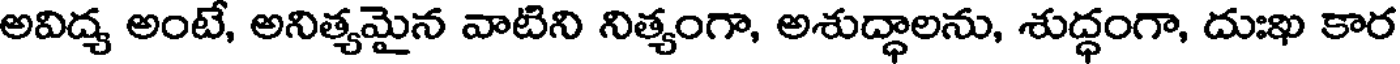
అవిద్య అంటే, అనిత్యమైన వాటిని నిత్యంగా, అశుద్ధాలను, శుద్ధంగా, దుఃఖ కార